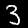
Digit: 3